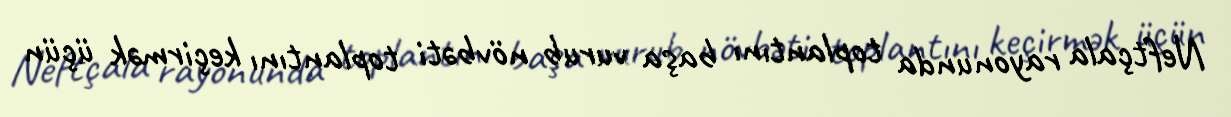
Neftçala rayonunda toplantını başa vurub növbəti toplantını keçirmək üçün